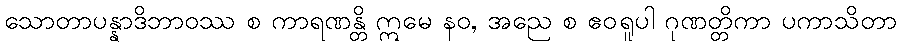
သောတာပန္နာဒိဘာဝဿ စ ကာရဏန္တိ ဣမေ နဝ, အညေ စ ဧဝရူပါ ဂုဏတ္တိကာ ပကာသိတာ